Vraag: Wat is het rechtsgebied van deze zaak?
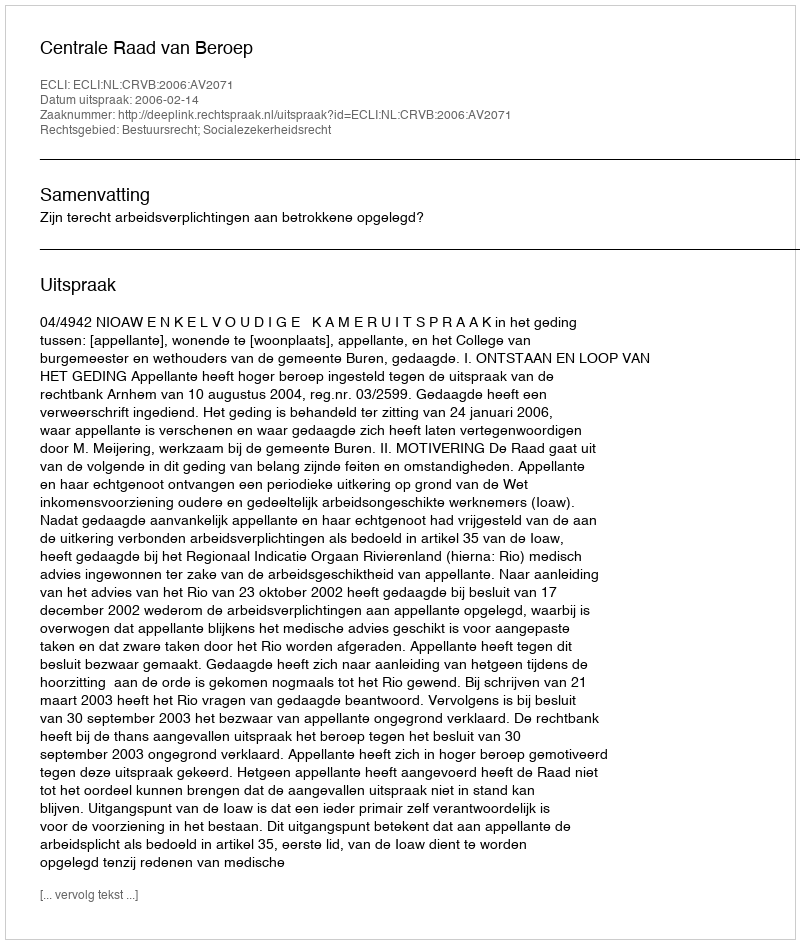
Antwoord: Bestuursrecht; Socialezekerheidsrecht